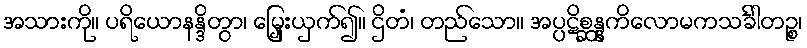
အသားကို။ ပရိယောနန္ဒိတွာ၊ မြှေးယှက်၍။ ဌိတံ၊ တည်သော။ အပ္ပဋိစ္ဆန္နကိလောမကသင်္ခါတဉ္စ၊